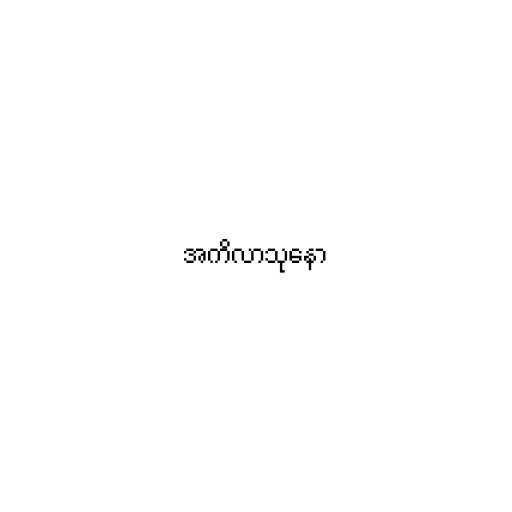
အကိလာသုနော